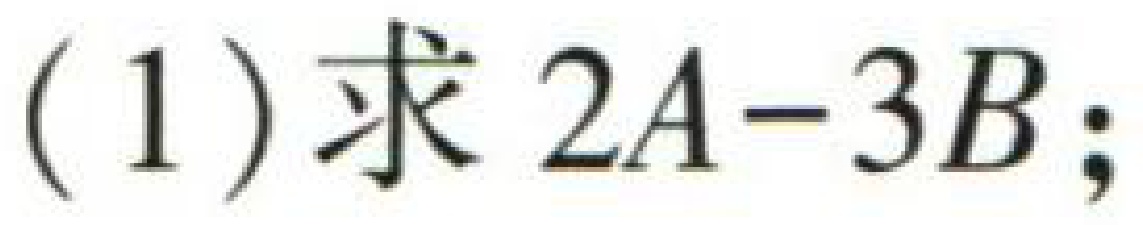
(1) 求 \(2A - 3B\);